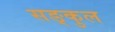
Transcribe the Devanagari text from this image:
सङ्कुल